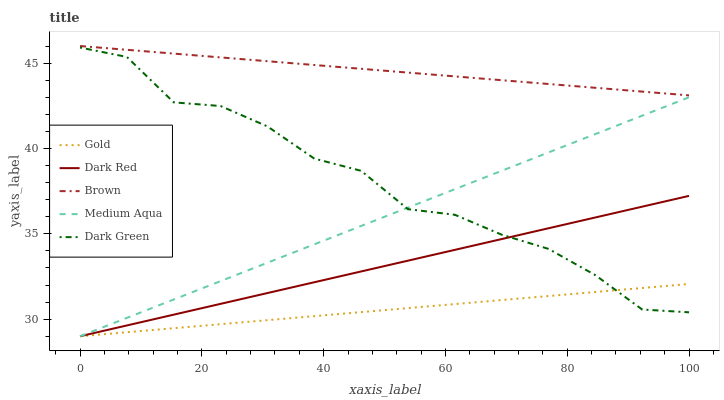
| xaxis_label | Gold | Dark Red | Brown | Medium Aqua | Dark Green |
 | --- | --- | --- | --- | --- | --- |
 | 0 | 29 | 29 | 46 | 29 | 45.9 |
 | 7.69 | 29.2 | 29.6 | 45.8 | 30.1 | 45.4 |
 | 15.4 | 29.5 | 30.3 | 45.6 | 31.2 | 42.7 |
 | 23.1 | 29.7 | 30.9 | 45.3 | 32.2 | 42.5 |
 | 30.8 | 29.9 | 31.5 | 45.1 | 33.3 | 41.3 |
 | 38.5 | 30.2 | 32.2 | 44.9 | 34.4 | 39.4 |
 | 46.2 | 30.4 | 32.8 | 44.7 | 35.5 | 38.7 |
 | 53.8 | 30.6 | 33.4 | 44.4 | 36.5 | 36.4 |
 | 61.5 | 30.9 | 34.1 | 44.2 | 37.6 | 36.1 |
 | 69.2 | 31.1 | 34.7 | 44 | 38.7 | 34.9 |
 | 76.9 | 31.4 | 35.3 | 43.8 | 39.8 | 34.1 |
 | 84.6 | 31.6 | 36 | 43.6 | 40.8 | 32.6 |
 | 92.3 | 31.8 | 36.6 | 43.3 | 41.9 | 30.6 |
 | 100 | 32.1 | 37.2 | 43.1 | 43 | 30.4 |